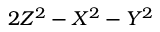
2 Z ^ { 2 } - X ^ { 2 } - Y ^ { 2 }